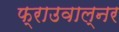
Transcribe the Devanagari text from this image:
फ्राउवाल्नर